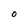
Character: O